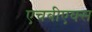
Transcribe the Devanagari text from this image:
एचबीएक्स